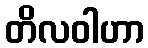
တိလဝါဟာ